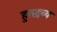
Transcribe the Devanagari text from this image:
हुतद्रव्य